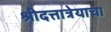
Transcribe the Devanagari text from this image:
श्रीदत्तात्रेयाचा